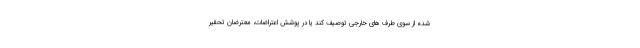
شده از سوی طرف های خارجی توصیف کند یا در پوشش اعتراضات، معترضان تحقیر